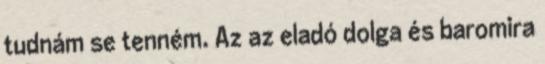
tudnám se tenném. Az az eladó dolga és baromira